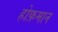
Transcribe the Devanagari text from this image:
होफ़मान